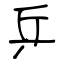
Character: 乒